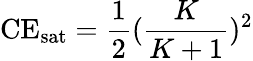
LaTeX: \textrm{CE}_{\textrm{sat}}=\frac{1}{2}(\frac{K}{K+1})^{2}